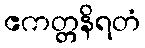
ဧကတ္တနိရတံ